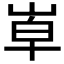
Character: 𡴙